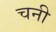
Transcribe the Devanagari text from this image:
चनी